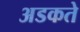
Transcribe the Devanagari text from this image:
अडकते